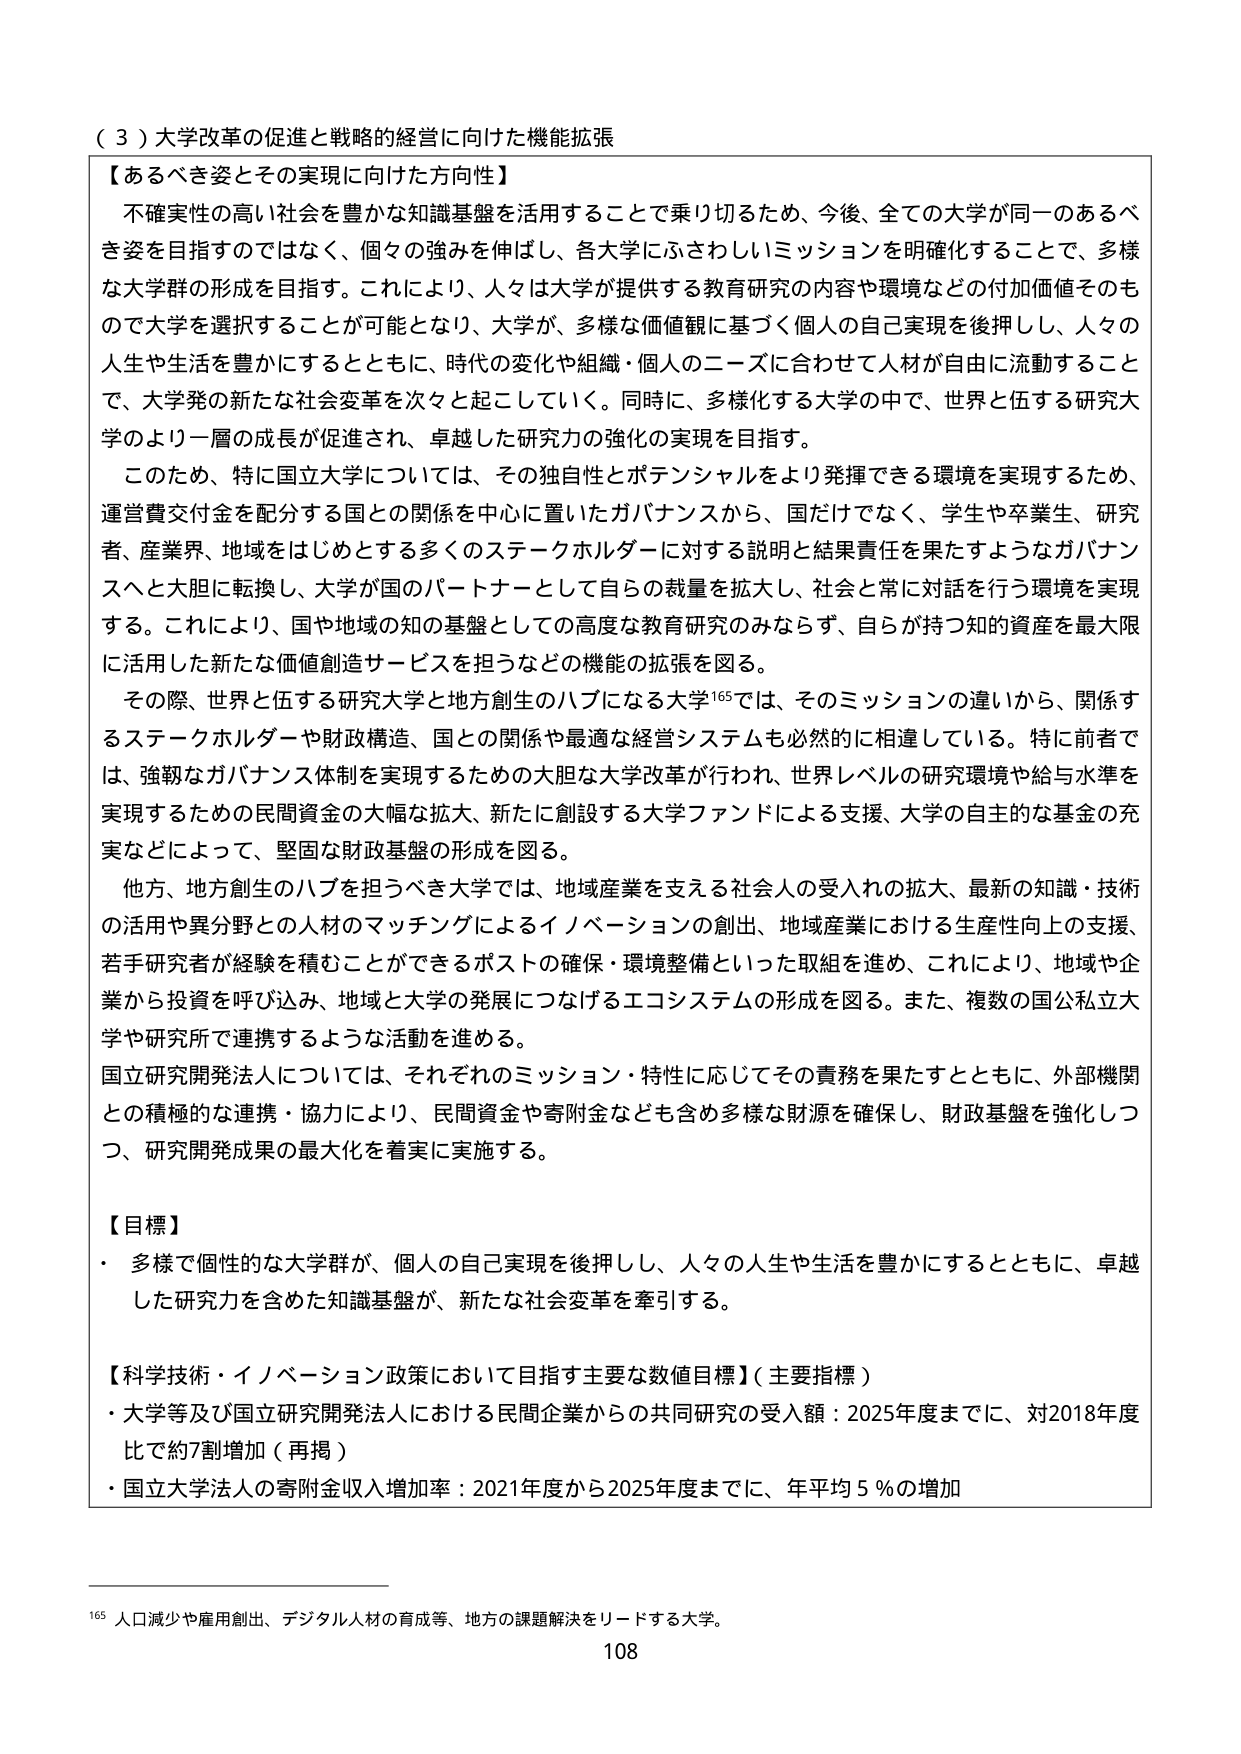
（３）大学改革の促進と戦略的経営に向けた機能拡張

【あるべき姿とその実現に向けた方向性】
不確実性の高い社会を豊かな知識基盤を活用することで乗り切るため、今後、全ての大学が同一のあるべき姿を目指すのではなく、個々の強みを伸ばし、各大学にふさわしいミッションを明確化することで、多様な大学群の形成を目指す。これにより、人々は大学が提供する教育研究の内容や環境などの付加価値そのもので大学を選択することが可能となり、大学が、多様な価値観に基づく個人の自己実現を後押しし、人々の人生や生活を豊かにするとともに、時代の変化や組織・個人のニーズに合わせて人材が自由に流動することで、大学発の新たな社会変革を次々と起こしていく。同時に、多様化する大学の中で、世界と伍する研究大学のより一層の成長が促進され、卓越した研究力の強化の実現を目指す。

このため、特に国立大学については、その独自性とポテンシャルをより発揮できる環境を実現するため、運営費交付金を配分する国との関係を中心に置いたガバナンスから、国だけでなく、学生や卒業生、研究者、産業界、地域をはじめとする多くのステークホルダーに対する説明と結果責任を果たすようなガバナンスへと大胆に転換し、大学が国のパートナーとして自らの裁量を拡大し、社会と常に対話を行う環境を実現する。これにより、国や地域の知の基盤としての高度な教育研究のみならず、自らが持つ知的資産を最大限に活用した新たな価値創造サービスを担うなどの機能の拡張を図る。

その際、世界と伍する研究大学と地方創生のハブになる大学¹⁶⁵では、そのミッションの違いから、関係するステークホルダーや財政構造、国との関係や最適な経営システムも必然的に相違している。特に前者では、強靭なガバナンス体制を実現するための大胆な大学改革が行われ、世界レベルの研究環境や給与水準を実現するための民間資金の大幅な拡大、新たに創設する大学ファンドによる支援、大学の自主的な基金の充実などによって、堅固な財政基盤の形成を図る。

他方、地方創生のハブを担うべき大学では、地域産業を支える社会人の受入れの拡大、最新の知識・技術の活用や異分野との人材のマッチングによるイノベーションの創出、地域産業における生産性向上の支援、若手研究者が経験を積むことができるポストの確保・環境整備といった取組を進め、これにより、地域や企業から投資を呼び込み、地域と大学の発展につなげるエコシステムの形成を図る。また、複数の国公私立大学や研究所で連携するような活動を進める。

国立研究開発法人については、それぞれのミッション・特性に応じてその責務を果たすとともに、外部機関との積極的な連携・協力により、民間資金や寄附金なども含め多様な財源を確保し、財政基盤を強化しつつ、研究開発成果の最大化を着実に実施する。

【目標】
・多様で個性的な大学群が、個人の自己実現を後押しし、人々の人生や生活を豊かにするとともに、卓越した研究力を含めた知識基盤が、新たな社会変革を牽引する。

【科学技術・イノベーション政策において目指す主要な数値目標】（主要指標）
・大学等及び国立研究開発法人における民間企業からの共同研究の受入額：2025年度までに、対2018年度比で約7割増加（再掲）
・国立大学法人の寄附金収入増加率：2021年度から2025年度までに、年平均5％の増加

¹⁶⁵ 人口減少や雇用創出、デジタル人材の育成等、地方の課題解決をリードする大学。
108